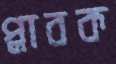
প্লাবক